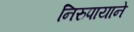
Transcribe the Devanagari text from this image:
निरुपायाने